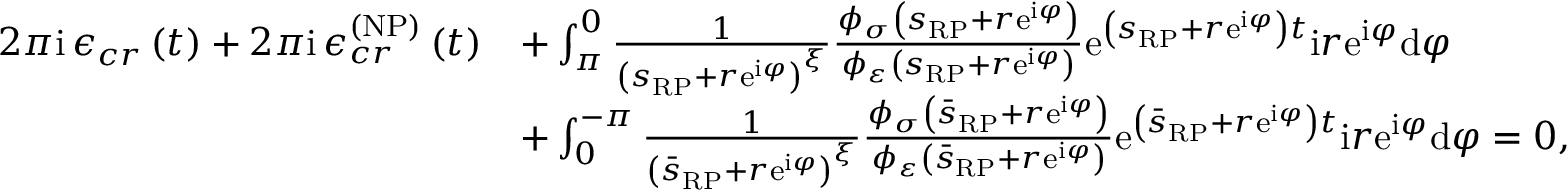
\begin{array} { r l } { 2 \pi \mathrm { i \, } \mathcal { \epsilon } _ { c r } \left( t \right) + 2 \pi \mathrm { i \, } \mathcal { \epsilon } _ { c r } ^ { \left( \mathrm { N P } \right) } \left( t \right) } & { + \int _ { \pi } ^ { 0 } \frac { 1 } { \left( s _ { \scriptscriptstyle { \mathrm { R P } } } + r \mathrm { e } ^ { \mathrm { i } \varphi } \right) ^ { \xi } } \frac { \phi _ { \sigma } \left( s _ { \scriptscriptstyle { \mathrm { R P } } } + r \mathrm { e } ^ { \mathrm { i } \varphi } \right) } { \phi _ { \varepsilon } \left( s _ { \scriptscriptstyle { \mathrm { R P } } } + r \mathrm { e } ^ { \mathrm { i } \varphi } \right) } \mathrm { e } ^ { \left( s _ { \scriptscriptstyle { \mathrm { R P } } } + r \mathrm { e } ^ { \mathrm { i } \varphi } \right) t } \mathrm { i } r \mathrm { e } ^ { \mathrm { i } \varphi } \mathrm { d } \varphi } \\ & { + \int _ { 0 } ^ { - \pi } \frac { 1 } { \left( \bar { s } _ { \scriptscriptstyle { \mathrm { R P } } } + r \mathrm { e } ^ { \mathrm { i } \varphi } \right) ^ { \xi } } \frac { \phi _ { \sigma } \left( \bar { s } _ { \scriptscriptstyle { \mathrm { R P } } } + r \mathrm { e } ^ { \mathrm { i } \varphi } \right) } { \phi _ { \varepsilon } \left( \bar { s } _ { \scriptscriptstyle { \mathrm { R P } } } + r \mathrm { e } ^ { \mathrm { i } \varphi } \right) } \mathrm { e } ^ { \left( \bar { s } _ { \scriptscriptstyle { \mathrm { R P } } } + r \mathrm { e } ^ { \mathrm { i } \varphi } \right) t } \mathrm { i } r \mathrm { e } ^ { \mathrm { i } \varphi } \mathrm { d } \varphi = 0 , } \end{array}